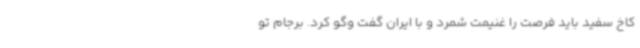
کاخ سفید باید فرصت را غنیمت شمرد و با ایران گفت وگو کرد. برجام تو